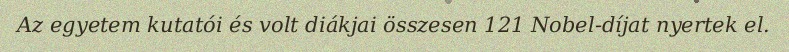
Az egyetem kutatói és volt diákjai összesen 121 Nobel-díjat nyertek el.